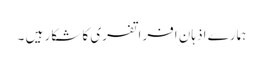
ہمارے اذہان افراتفری کا شکار ہیں ۔